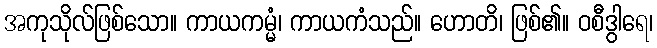
အကုသိုလ်ဖြစ်သော။ ကာယကမ္မံ၊ ကာယကံသည်။ ဟောတိ၊ ဖြစ်၏။ ဝစီဒွါရေ၊